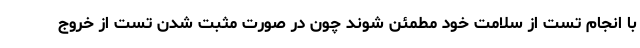
با انجام تست از سلامت خود مطمئن شوند چون در صورت مثبت شدن تست از خروج